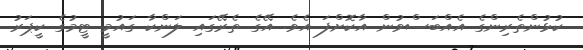
ކުޅުންތެރިންގެ އެއްބަސްވުން އާކޮށްފަ އެވެ. އޭގެ ތެރޭގައި ލަންކާ ގައުމީ ޓީމުގެ ކީޕަރު